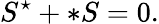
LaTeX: S^{\star}+\ast S=0.